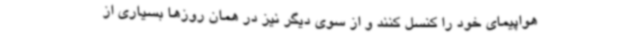
هواپیمای خود را کنسل کنند و از سوی دیگر نیز در همان روزها بسیاری از